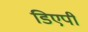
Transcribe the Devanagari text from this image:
डिएपी